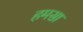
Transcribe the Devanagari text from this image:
हमसा